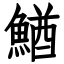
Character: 鰌